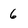
Character: 6